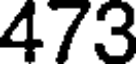
473